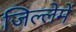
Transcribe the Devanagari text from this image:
जिल्लेमें